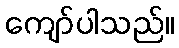
ကျော်ပါသည်။